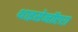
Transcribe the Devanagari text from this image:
थाइसेनॉप्टरा